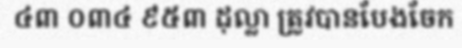
៤៣ ០៣៤ ៩៥៣ ដុល្លា ត្រូវបានបែងចែក